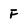
Character: F